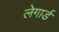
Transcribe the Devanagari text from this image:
लेगार्ड